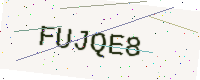
Text: FUJQE8